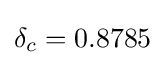
\delta _{c}=0.8785